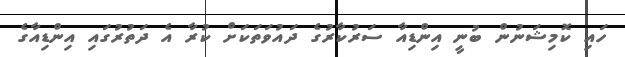
ހައި ކޮމިޝަނުން ބުނީ އިންޑިއާ ސަރުކާރުގެ ދައުވަތަކަށް ކުރާ އެ ދަތުރުގައި އިންޑިއާގެ